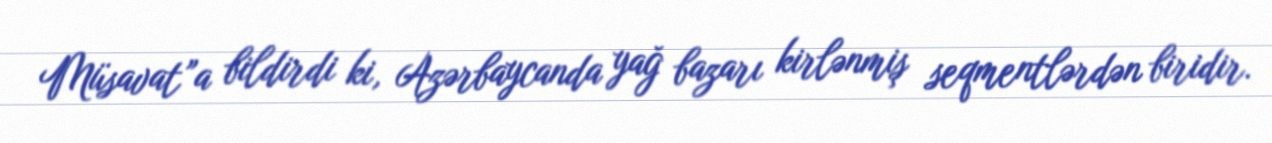
Müsavat”a bildirdi ki, Azərbaycanda yağ bazarı kirlənmiş seqmentlərdən biridir.